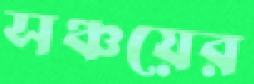
সঞ্চয়ের